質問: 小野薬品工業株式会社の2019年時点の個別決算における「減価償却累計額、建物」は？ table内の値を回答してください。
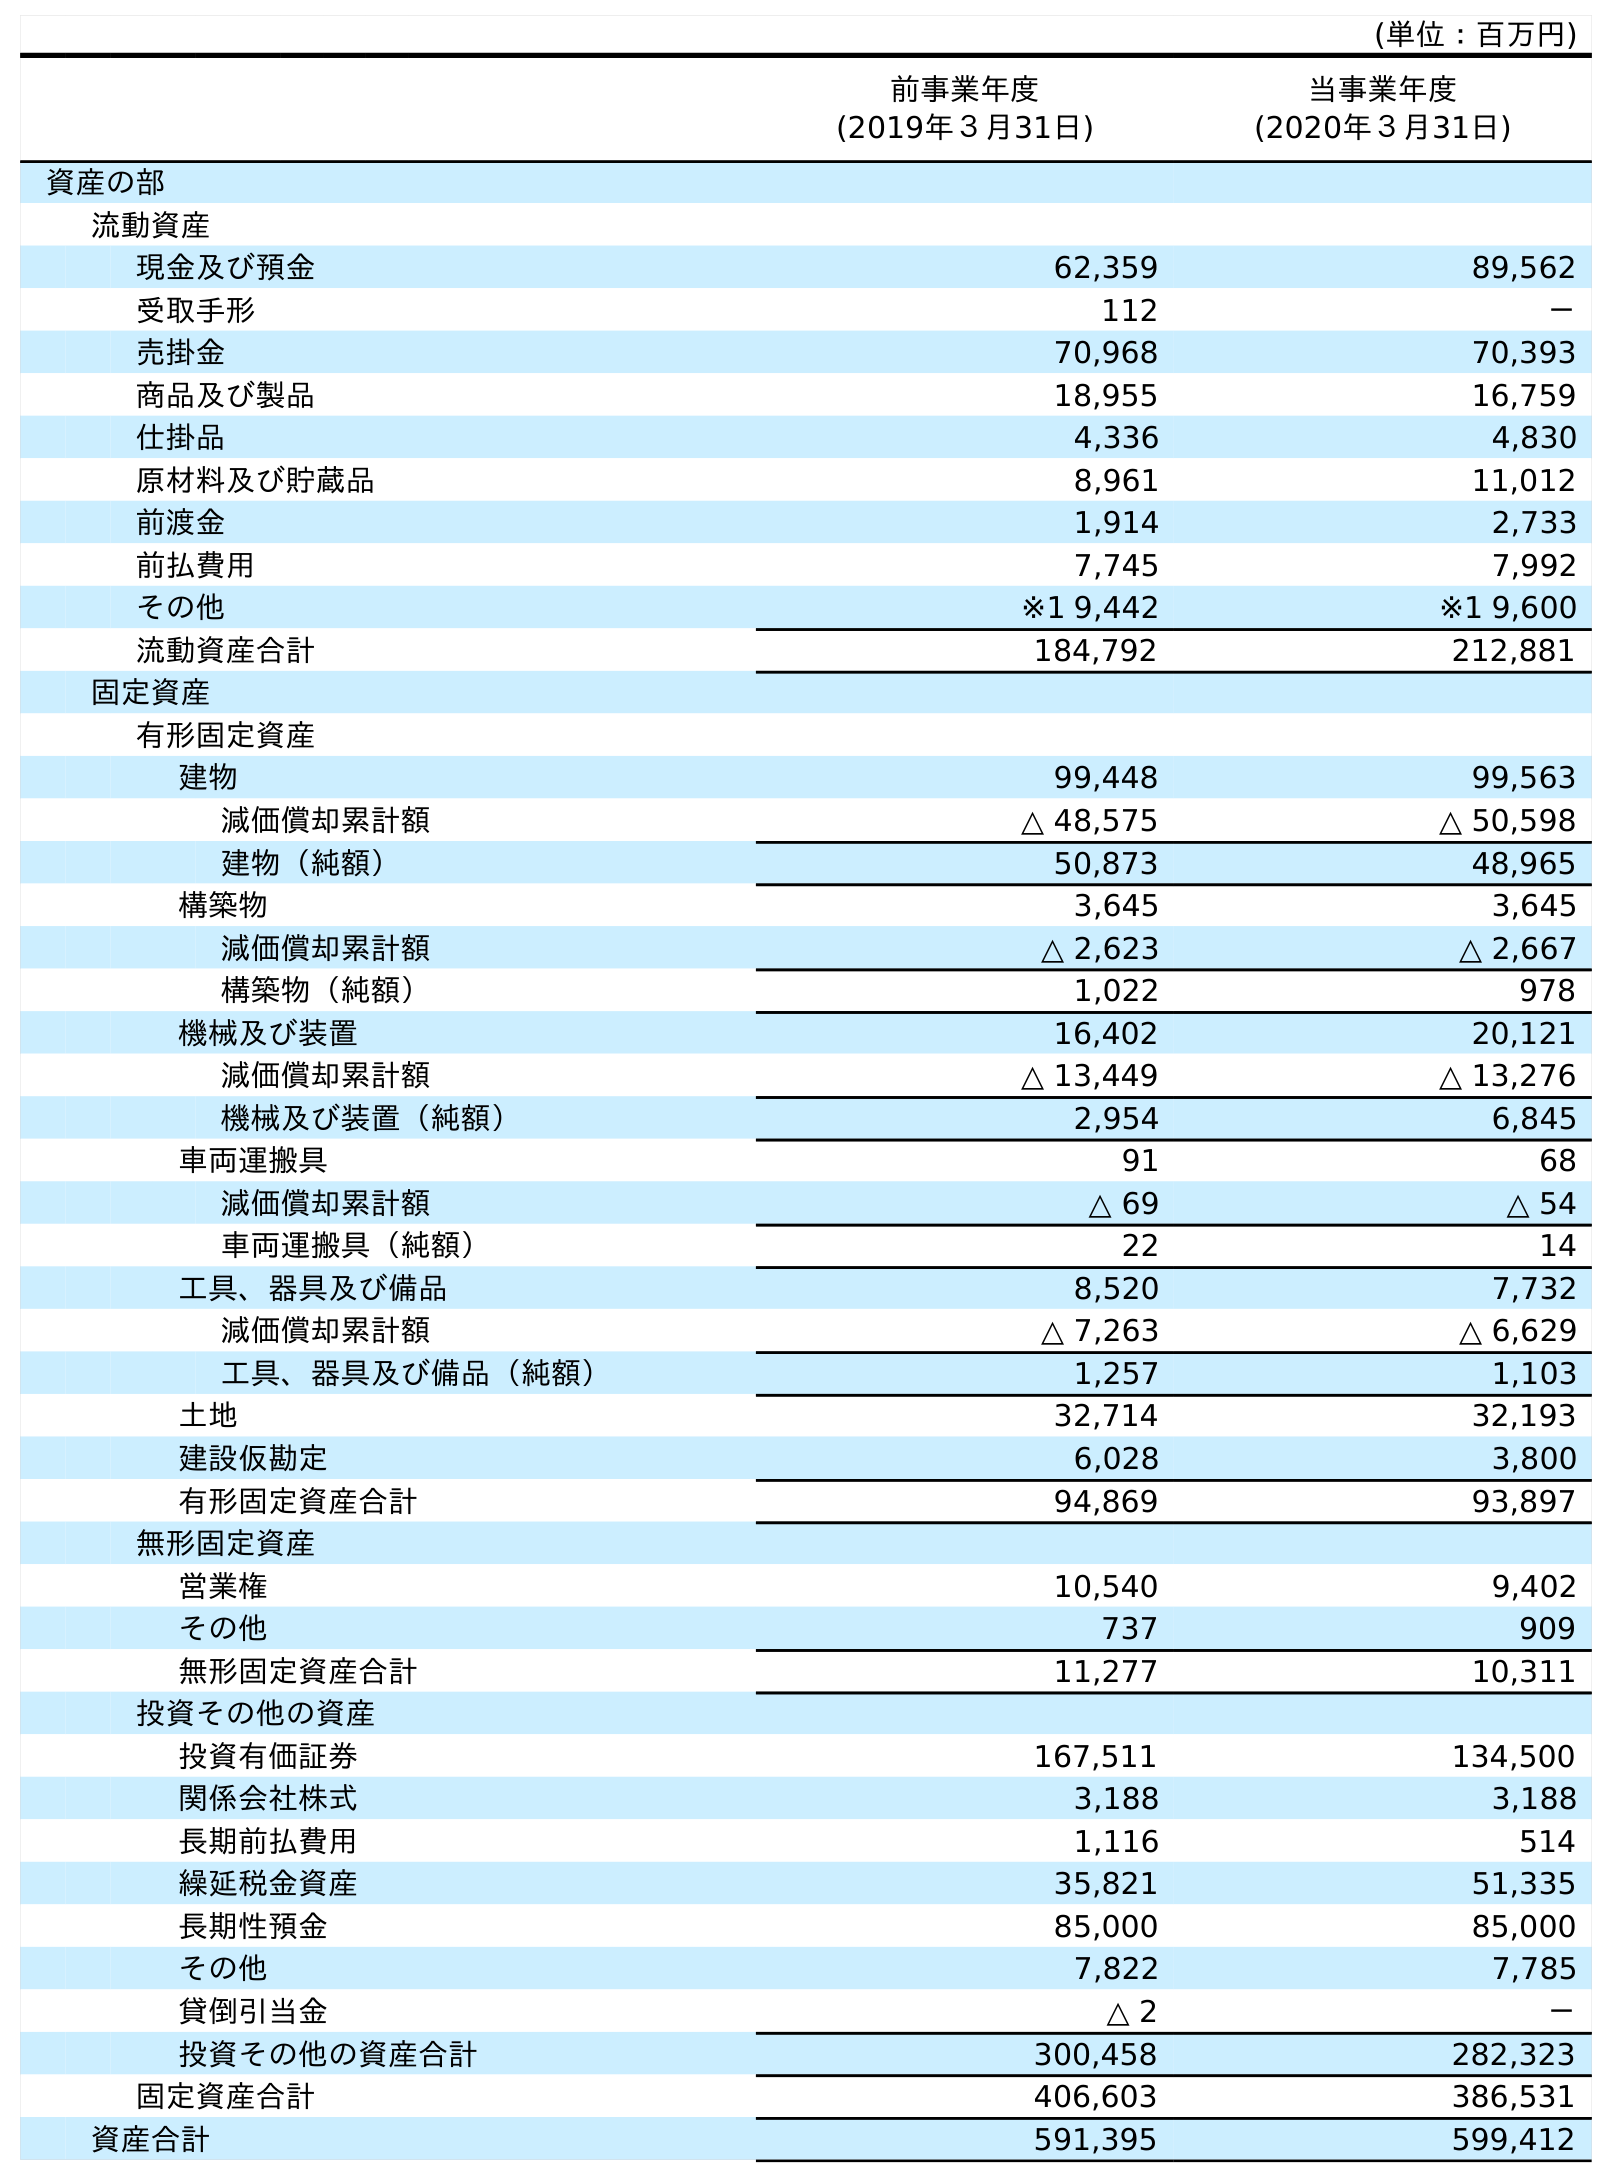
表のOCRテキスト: (単位：百万円) 前事業年度 (2019年３月31日) 当事業年度 (2020年３月31日) 資産の部 流動資産 現金及び預金 62,359 89,562 受取手形 112 － 売掛金 70,968 70,393 商品及び製品 18,955 16,759 仕掛品 4,336 4,830 原材料及び貯蔵品 8,961 11,012 前渡金 1,914 2,733 前払費用 7,745 7,992 その他 ※1 9,442 ※1 9,600 流動資産合計 184,792 212,881 固定資産 有形固定資産 建物 99,448 99,563 減価償却累計額 △ 48,575 △ 50,598 建物（純額） 50,873 48,965 構築物 3,645 3,645 減価償却累計額 △ 2,623 △ 2,667 構築物（純額） 1,022 978 機械及び装置 16,402 20,121 減価償却累計額 △ 13,449 △ 13,276 機械及び装置（純額） 2,954 6,845 車両運搬具 91 68 減価償却累計額 △ 69 △ 54 車両運搬具（純額） 22 14 工具、器具及び備品 8,520 7,732 減価償却累計額 △ 7,263 △ 6,629 工具、器具及び備品（純額） 1,257 1,103 土地 32,714 32,193 建設仮勘定 6,028 3,800 有形固定資産合計 94,869 93,897 無形固定資産 営業権 10,540 9,402 その他 737 909 無形固定資産合計 11,277 10,311 投資その他の資産 投資有価証券 167,511 134,500 関係会社株式 3,188 3,188 長期前払費用 1,116 514 繰延税金資産 35,821 51,335 長期性預金 85,000 85,000 その他 7,822 7,785 貸倒引当金 △ 2 － 投資その他の資産合計 300,458 282,323 固定資産合計 406,603 386,531 資産合計 591,395 599,412
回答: △48,575